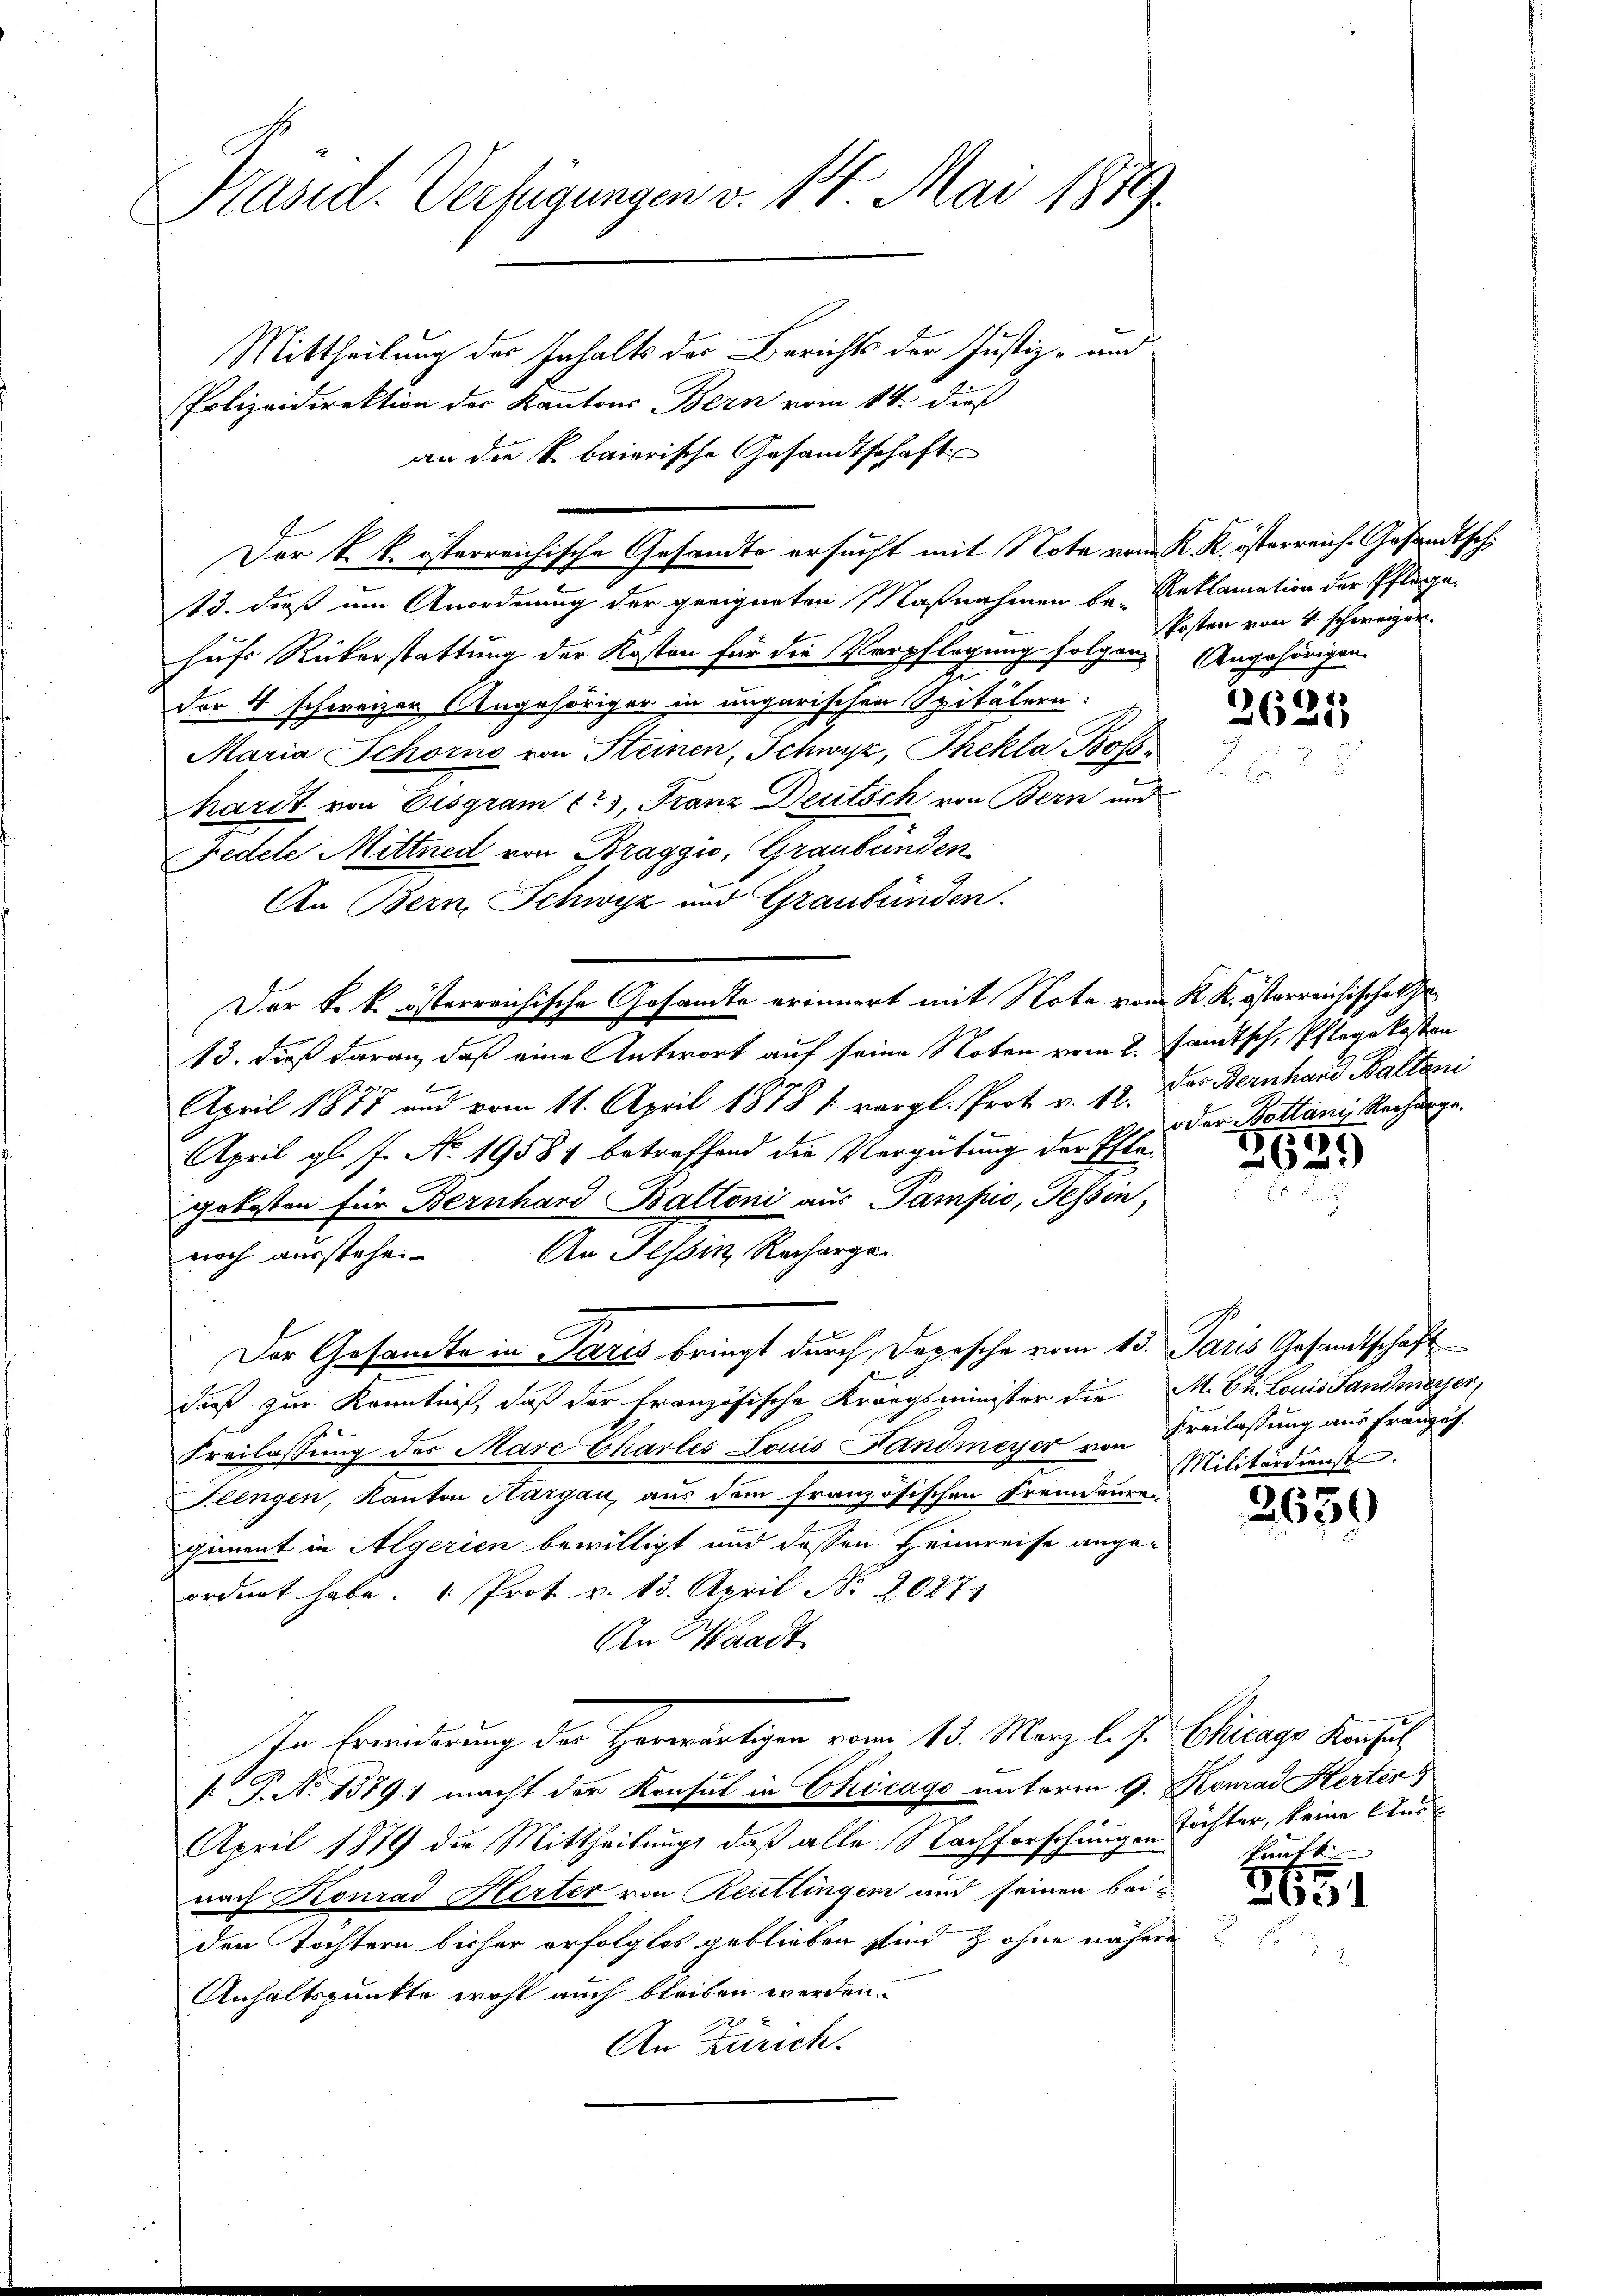
Pasid. Verfügungen v. 14. Mai 1879.

Mittheilung des Inhalts der Berichts der Justiz- und
Polizeidirektion der Kantons Bern vom 14. dieß
an die k. baierische Gesandtschaft
13. dieß um Anordnung der geeigneten Maßnahmen be- Reklamation der Pflegehufs Rükerstattung der Kosten für die Verpflegung folgen. Angehörigen.
der 4 schweizer Angehöriger in ungarischen Spitälern:
Maria Schorno von Steinen, Schwyz, Thekla Bos¬
2
hardt von Eisgram cas, Franz Deutsch von Bern und
Zedele Mittned von Braggio, Graubünden
An Bern, Schwyz und Graubünden.
Der k. k. österreichische Gesandte erinnert mit Note vom K. K. österreichische Ge¬
13. dieß daran, daß eine Antwort auf seine Noten vom 2. Janitsch, Pflegekosten
299
April 1811 und vom 11. April 1878 l. vergl. Prot. v. 12. Das Bernhard Baltani
April gl. f. No. 19584 betreffend die Vergütung der Pflegekosten für Bernhard Baltoni aus Pampić, Tessin,
An Tessin Rechargenoch ausstehen.
Der Gesandte in Paris bringt durch Depesche vom 15. Paris Gesamtschaft
dieß zur Kenntniß, daß der Französische Krangsminister die M. Ch. Louis Landmesser,
Freilassung des Marc Charles Louis Landmeyer von Freilassung aus Französ.
Flengen, Kanton Aargau, aus dem französischen Fremdenregiment in Algerien bewilligt und dessen Heimreise angeordnet habe. " Prot v. 13. April Nr. 2027
An Waadt
In Erwiderung der Harrartigen vom 15. März l. J. Chicago Konsul
[ P. N. 1379. macht der Konsul in Chicago unterm 9. Konrad Kerten
April 1879 die Mittheilung, daß alle Nachforschungen Töchter, keine Ausnach Konrad Herter von Reutlingen und seinen beiden Tochtern bisher erfolglos geblieben sind & ohne nähere
Anhaltspunkte wohl auch bleiben werden.
An Zürich.

Der k. k. österreichische Gesandte ersucht mit Note vom K. K. österreich. Gesandtsch¬

kosten von 4 schweizer.

1
2650

oder Bottani Recharge.

55
2933

Militärdienst.

2650

kauft

2651